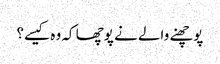
پوچھنے والے نے پوچھا کہ وہ کیسے؟